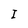
Character: I